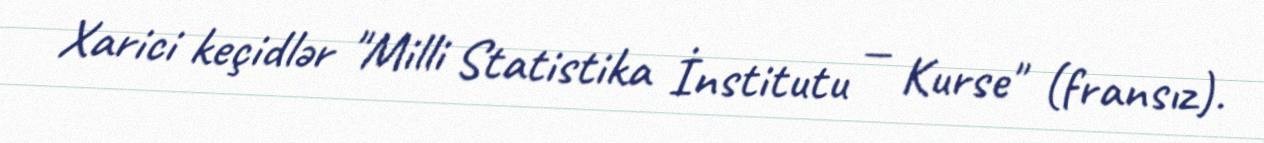
Xarici keçidlər "Milli Statistika İnstitutu — Kurse" (fransız).